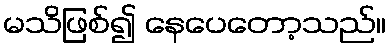
မသိဖြစ်၍ နေပေတော့သည်။